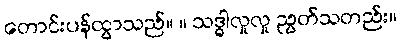
တောင်းပန်ထွာသည်။ ။ သဒ္ဓါလှုလှု ညွတ်သတည်း။